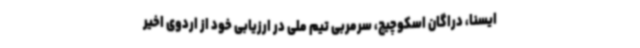
ایسنا، دراگان اسکوچیچ، سرمربی تیم ملی در ارزیابی خود از اردوی اخیر